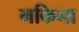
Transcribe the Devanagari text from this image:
मकिना